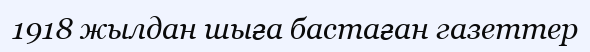
1918 жылдан шыға бастаған газеттер